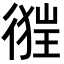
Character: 𢔺